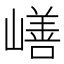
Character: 𰎸